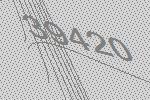
39420